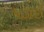
પડાઈ